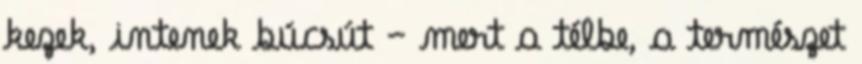
kezek, intenek búcsút – mert a télbe, a természet